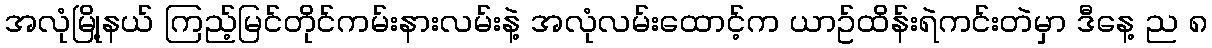
အလုံမြို့နယ် ကြည့်မြင်တိုင်ကမ်းနားလမ်းနဲ့ အလုံလမ်းထောင့်က ယာဥ်ထိန်းရဲကင်းတဲမှာ ဒီနေ့ ည ၈